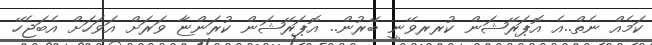
ކަމެއް ނެތް..އެ އޮޕަރޭޝަން ކުރރވޭނީ ބޭރުން.. އޮޕަރޭޝަން ކުރަންޏާ ވަރަށް އަވަހަށް އެބަޖެހޭ